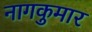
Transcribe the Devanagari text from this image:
नागकुमार